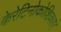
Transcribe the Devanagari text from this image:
केरेटिनोकोशिकाएं